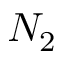
N _ { 2 }